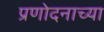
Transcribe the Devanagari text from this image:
प्रणोदनाच्या